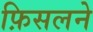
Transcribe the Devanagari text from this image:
फ़िसलने